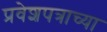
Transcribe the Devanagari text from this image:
प्रवेशपत्राच्या